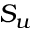
S _ { u }